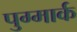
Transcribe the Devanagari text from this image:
पुग्मार्क